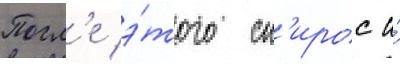
Посл'е э́того сп'ирос и́